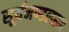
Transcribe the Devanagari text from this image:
सूर्यमण्डलरूप